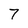
Character: 7